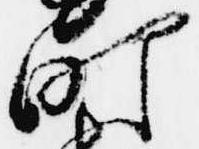
町